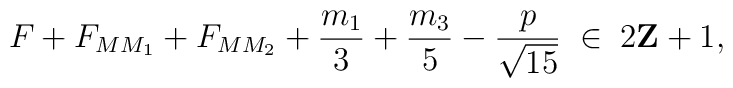
F+F_{MM_1}+F_{MM_2}+\frac{m_1}{3}+\frac{m_3}{5}-\frac{p}{\sqrt{15}}\; \in\; 2{\bf Z}+1,